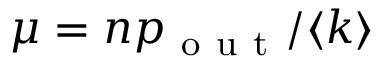
\mu = n p _ { \mathrm { ~ o ~ u ~ t ~ } } / \langle k \rangle